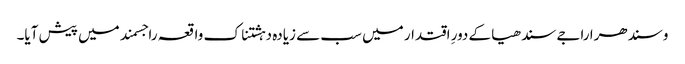
وسندھرا راجے سندھیا کے دورِ اقتدار میں سب سے زیادہ دہشتناک واقعہ راجسمند میں پیش آیا۔